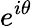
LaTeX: e^{i\theta}